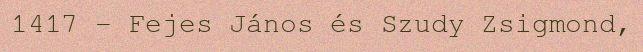
1417 – Fejes János és Szudy Zsigmond,